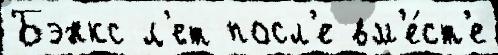
Бэнкс л'ет посл'е вм'е́ст'е